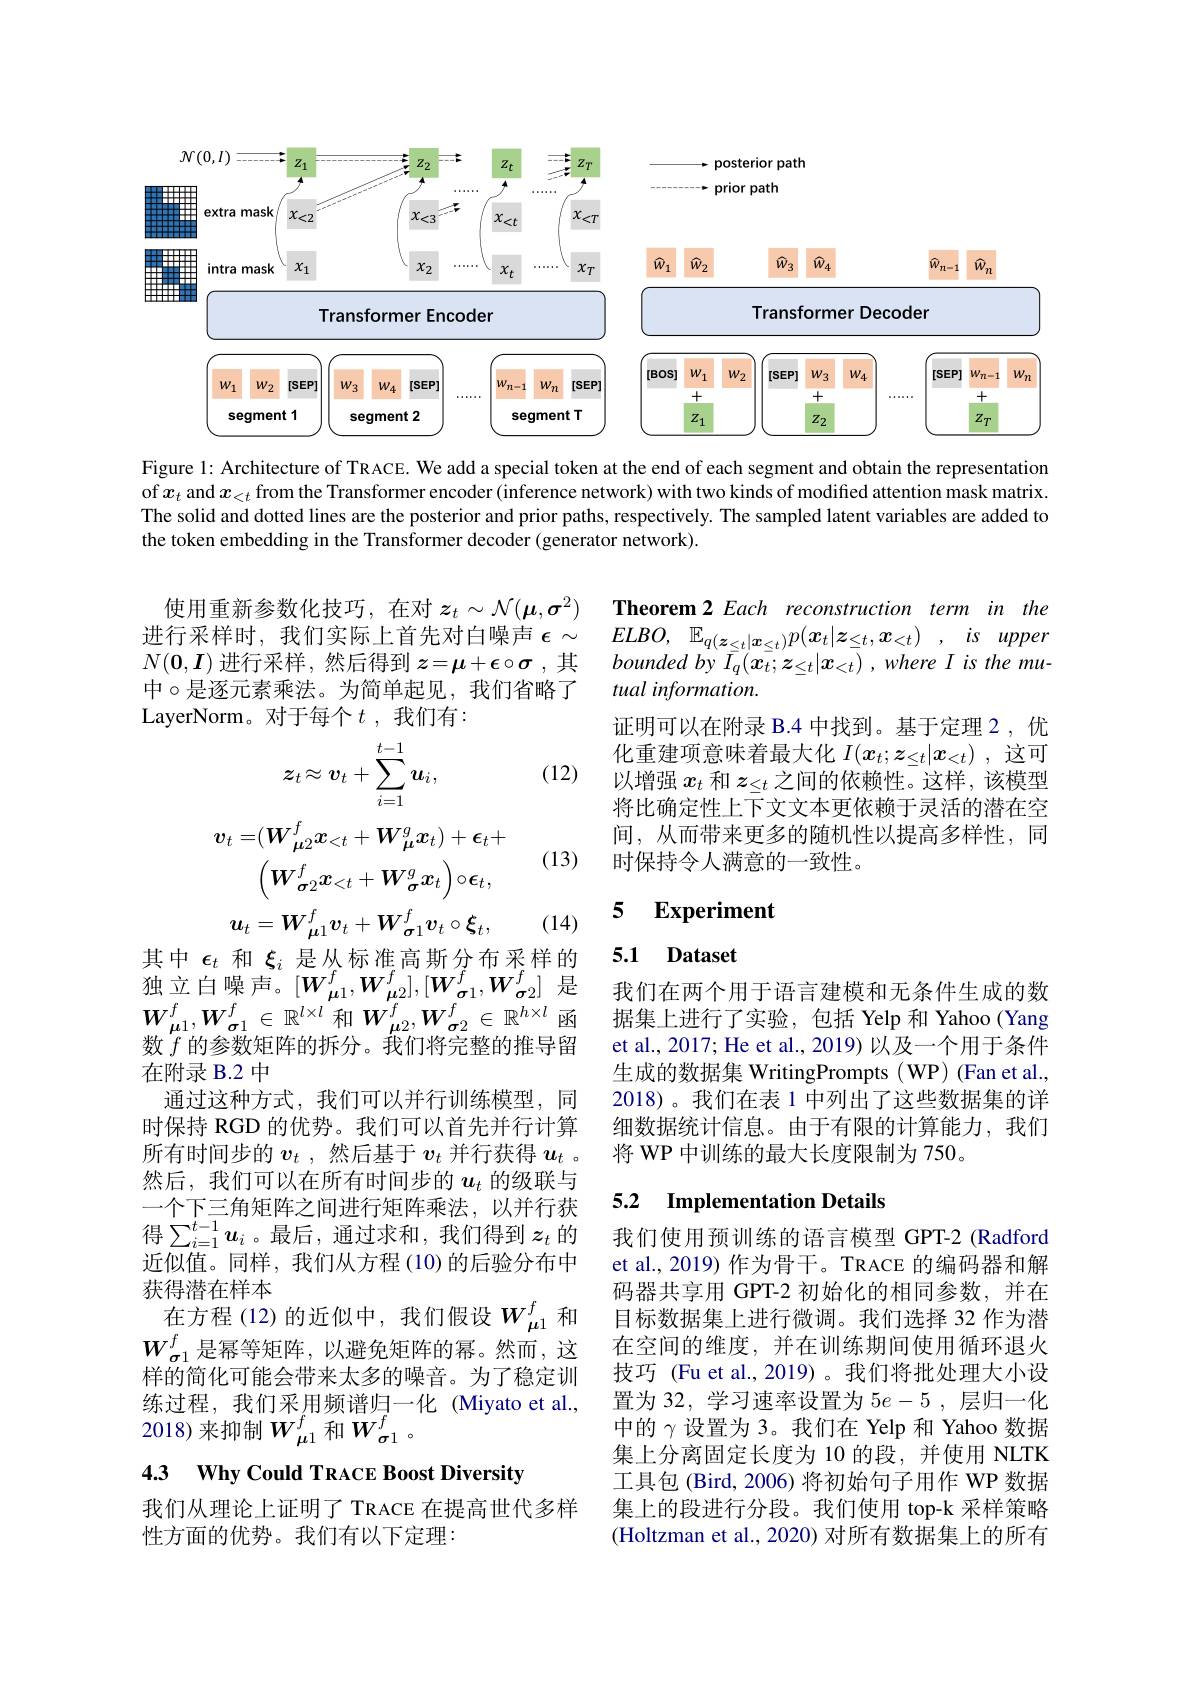
<FigureHere>

Figure 1: Architecture of TRACE. We add a special token at the end of each segment and obtain the representation of$x_t$ and $x_<t$ from the Transformer encoder (inference network) with two kinds of modified attention mask matrix. The solid and dotted lines are the posterior and prior paths, respectively. The sampled latent variables are added to the token embedding in the Transformer decoder (generator network).

使用重新参数化技巧，在对$z_t\sim\mathcal{N}(\boldsymbol{\mu},\boldsymbol{\sigma}^2)$ 进行采样时，我们实际上首先对白噪声$\epsilon\sim$ $N(\mathbf{0},\boldsymbol{I})$进行采样，然后得到$z=\mu+\epsilon\circ\sigma$ ,其中$\circ$是逐元素乘法。为简单起见，我们省略了LayerNorm。对于每个$t$ ,我们有：

Theorem 2 Each reconstruction term in the $ELBO$, $\mathbb{E} _{q( \boldsymbol{z}_{\leq t}| \boldsymbol{x}_{\leq t}) }p( \boldsymbol{x}_{t}| \boldsymbol{z}_{\leq t}, \boldsymbol{x}_{< t})$ , $is$ upper bounded by $\bar{I}_q(\boldsymbol{x}_t;\boldsymbol{z}_{\leq t}|\boldsymbol{x}_{<t}),whereI$ is the mutual information.
证明可以在附录 B.4 中找到。基于定理 2,优化重建项意味着最大化$I(x_t;z_{\leq t}|x_{<t})$ ,这可以增强$x_t$和$z_{\leq t}$之间的依赖性。这样，该模型将比确定性上下文文本更依赖于灵活的潜在空间，从而带来更多的随机性以提高多样性，同时保持令人满意的一致性。

(12)
$$z_t\approx v_t+\sum_{i=1}^{t-1}u_i,$$
(13)
$$v_t=(\boldsymbol{W}_{\boldsymbol{\mu}2}^fx_{<t}+\boldsymbol{W}_{\boldsymbol{\mu}}^gx_t)+\epsilon_t+$$
$$\begin{pmatrix}\boldsymbol{W}_{\boldsymbol{\sigma}2}^f\boldsymbol{x}_{<t}+\boldsymbol{W}_{\boldsymbol{\sigma}}^g\boldsymbol{x}_t\end{pmatrix}\circ\boldsymbol{\epsilon}_t,$$
$$u_t=W_{\boldsymbol{\mu}1}^fv_t+W_{\boldsymbol{\sigma}1}^fv_t\circ\xi_t,$$
### 5 $\textbf{Experiment}$

(14)

### 5.1 Dataset

我们在两个用于语言建模和无条件生成的数
$W_{\boldsymbol{\mu}^1,\boldsymbol{W}_{\boldsymbol{\sigma}^1}\in\mathbb{R}^{l\times l}\text{ 和 }\boldsymbol{W}_{\boldsymbol{\mu}^2,\boldsymbol{W}_{\boldsymbol{\sigma}^2}\in\mathbb{R}^{h\times l}\text{函}\:\text{据集上进行了实验，包括 Yelp 和 Yahoo(Yang})}}$
et al., 2017; He et al., 2019) 以及一个用于条件生成的数据集 WritingPrompts ( WP) (Fan et al. 2018)。我们在表 1 中列出了这些数据集的详细数据统计信息。由于有限的计算能力，我们将 WP 中训练的最大长度限制为 750。

其中$\epsilon_t$和$\xi_i$是从标准高斯分布采样的独立白噪声。$[W_{\boldsymbol{\mu}1}^{f},W_{\boldsymbol{\mu}2}^{f}],[W_{\boldsymbol{\sigma}1}^{\hat{f}},W_{\boldsymbol{\sigma}2}^{f}]$是数$f$ 的参数矩阵的拆分。我们将完整的推导留在附录 B.2 中
通过这种方式，我们可以并行训练模型，同时保持 RGD 的优势。我们可以首先并行计算所有时间步的$v_t$ ,然后基于$v_t$并行获得$u_t$ 。然后，我们可以在所有时间步的$u_t$的级联与一个下三角矩阵之间进行矩阵乘法，以并行获得$\sum_{i=1}^{t-1}u_i$。最后，通过求和，我们得到$z_t$的 我们使用预训练的语言模型 GPT-2 (Radford
近似值。同样，我们从方程 (10)的后验分布中
获得潜在样本
在方程 (12)的近似中，我们假设$W_{\mu1}^f$和$W_{\boldsymbol{\sigma}1}^f$是幂等矩阵，以避免矩阵的幂。然而，这样的简化可能会带来太多的噪音。为了稳定训练过程，我们采用频谱归一化 (Miyato et al., 2018)来抑制$W_{\mu1}^{f}$和$W_{\sigma1}^{f}$。
4.3 $\mathbf{Why~Could~TRACE~Boost~Diversity}$

## 5.2 Implementation Details

et al., 2019) 作为骨干。TRACE 的编码器和解码器共享用 GPT-2 初始化的相同参数，并在目标数据集上进行微调。我们选择 32 作为潜在空间的维度，并在训练期间使用循环退火技巧 (Fu et al.,2019)。我们将批处理大小设置为 32, 学习速率设置为$5e-5$ ,层归一化中的$\gamma$ 设置为 3。我们在 Yelp 和 Yahoo 数据集上分离固定长度为 10 的段，并使用 NLTK 工具包 (Bird, 2006) 将初始句子用作 WP 数据集上的段进行分段。我们使用 top-k 采样策略(Holtzman et al., 2020) 对所有数据集上的所有

我们从理论上证明了 TRACE 在提高世代多样
性方面的优势。我们有以下定理：